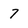
Character: 7